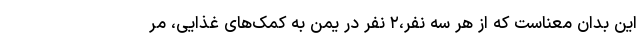
این بدان معناست که از هر سه نفر،۲ نفر در یمن به کمک‌های غذایی، مر